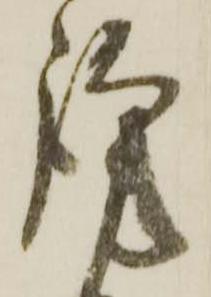
謹